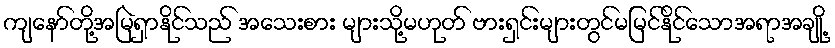
ကျနော်တို့အမြဲရှာနိုင်သည် အသေးစား များသို့မဟုတ် ဗားရှင်းများတွင်မမြင်နိုင်သောအရာအချို့